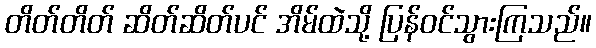
တိတ်တိတ် ဆိတ်ဆိတ်ပင် အိမ်ထဲသို့ ပြန်ဝင်သွားကြသည်။